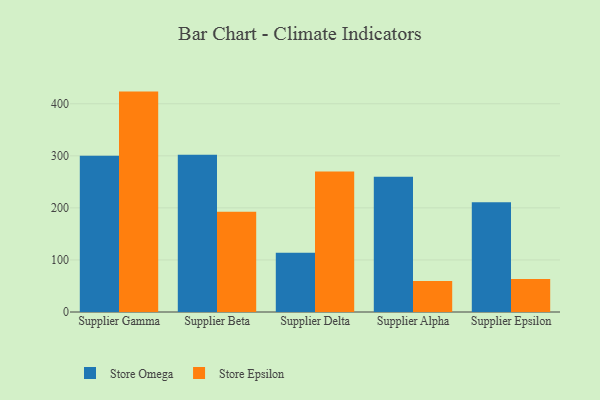
{"axis": {"x": "Supplier", "y": "Bounce Rate (%)"}, "legend": ["Store Epsilon", "Store Omega"], "data": [{"x": "Supplier Gamma", "y": 300.0, "type": "Store Omega"}, {"x": "Supplier Gamma", "y": 423.4, "type": "Store Epsilon"}, {"x": "Supplier Beta", "y": 301.9, "type": "Store Omega"}, {"x": "Supplier Beta", "y": 192.7, "type": "Store Epsilon"}, {"x": "Supplier Delta", "y": 114.0, "type": "Store Omega"}, {"x": "Supplier Delta", "y": 269.7, "type": "Store Epsilon"}, {"x": "Supplier Alpha", "y": 259.6, "type": "Store Omega"}, {"x": "Supplier Alpha", "y": 59.5, "type": "Store Epsilon"}, {"x": "Supplier Epsilon", "y": 210.9, "type": "Store Omega"}, {"x": "Supplier Epsilon", "y": 63.4, "type": "Store Epsilon"}]}